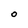
Character: O